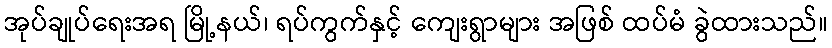
အုပ်ချုပ်ရေးအရ မြို့နယ်၊ ရပ်ကွက်နှင့် ကျေးရွာများ အဖြစ် ထပ်မံ ခွဲထားသည်။